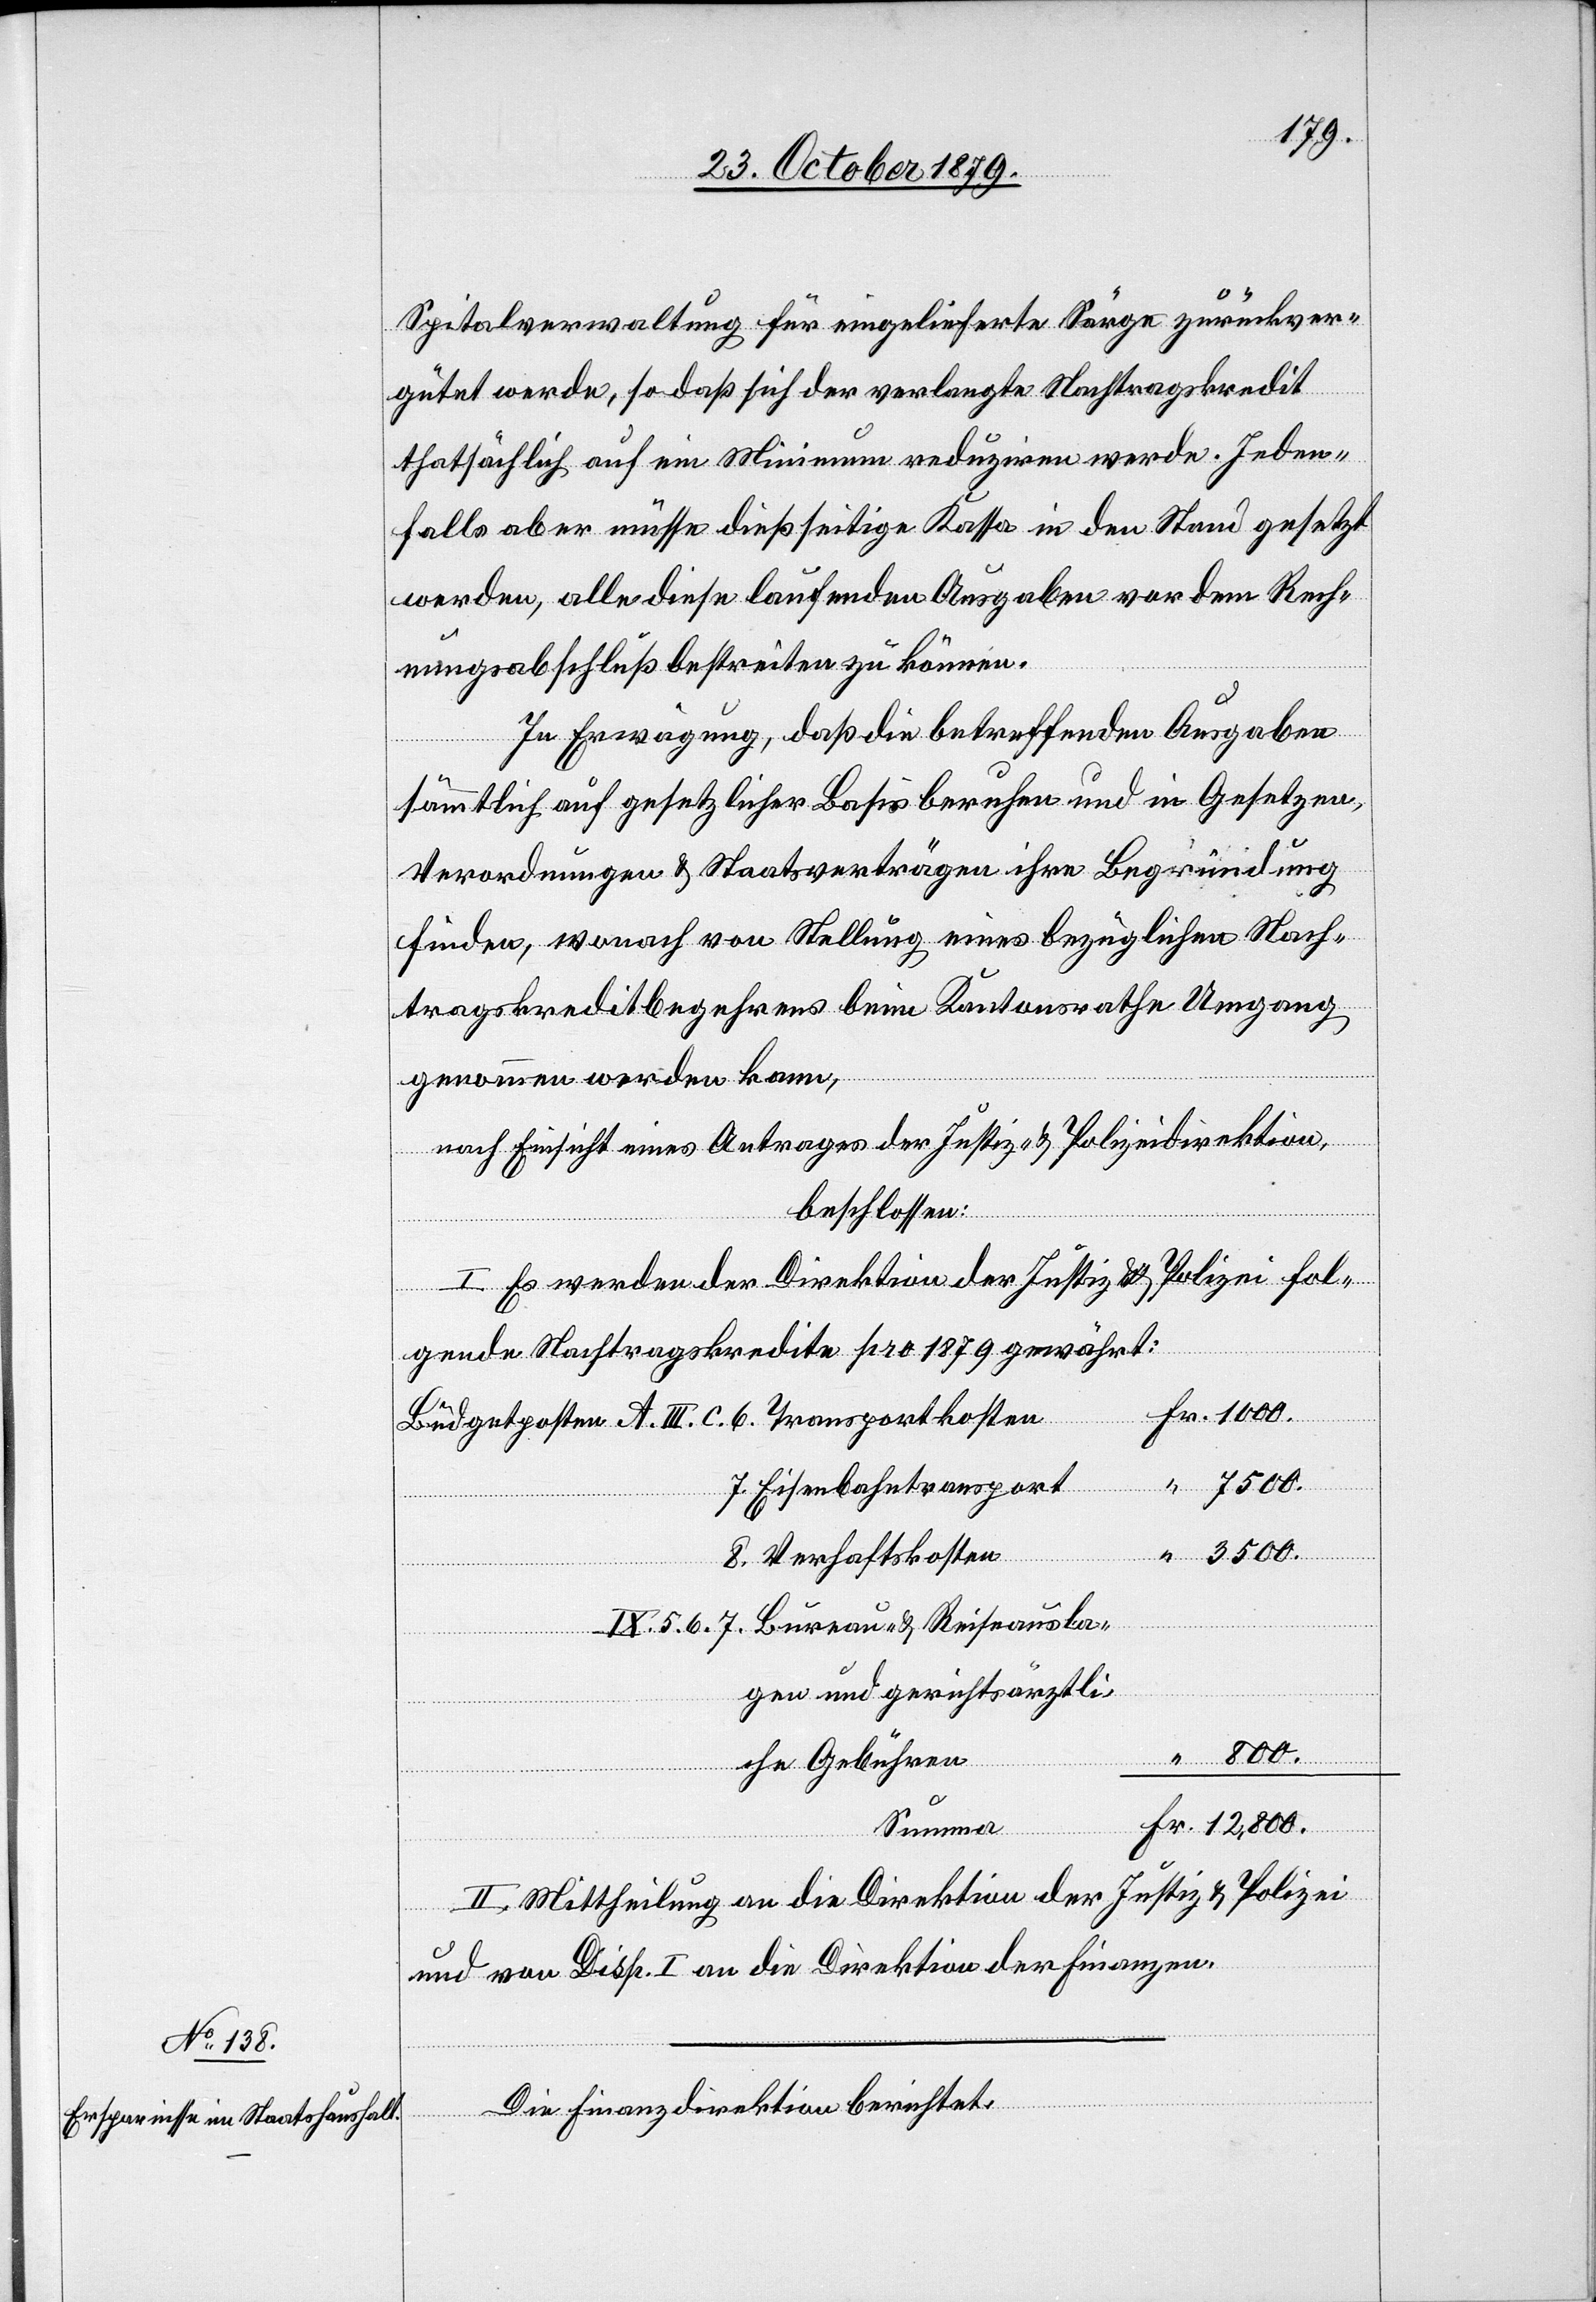
Spitalverwaltung für eingelieferte Särge zurückver¬
gütet werde, sodaß sich der verlangte Nachtragskredit
thatsächlich auf ein Minimum reduziren werde. Jeden¬
falls aber müsse dießseitige Kasse in den Stand gesetzt
werden, alle diese laufenden Ausgaben vor dem Rech¬
nungsabschluß bestreiten zu können.
In Erwägung, daß die betreffenden Ausgaben
sämtlich auf gesetzlicher Basis beruhen und in Gesetzen,
Verordnungen & Staatsverträgen ihre Begründung
finden wonach von Stellung eines bezüglichen Nach¬
tragskreditbegehrens beim Kantonsrath Umgang
tet:
genommen werden kann,
nach Einsicht eines Antrages der Justiz & Polizeidirektion,
beschlossen:
I. Es werden der Direktion der Justiz & Polizei fol¬
gende Nachtragskredite pro 1879 gewährt:
Die
Fr. 1000.
5.
Eisenbahntransport
“ 3500.
8.
Verhaftskosten
gen und gerichtsärztli¬
“ 800.
che Gebühren
Fr. 12,800.
Summe
II. Mittheilung an die Direktion der Justiz & Polizei
und von Disp. I an die Direktion der Finanzen.